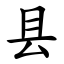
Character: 县